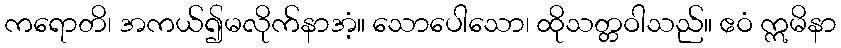
ကရောတိ၊ အကယ်၍မလိုက်နာအံ့။ သောပေါသော၊ ထိုသတ္တဝါသည်။ ဧဝံ ဣမိနာ